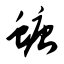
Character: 螗